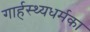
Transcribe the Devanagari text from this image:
गार्हस्थ्यधर्मका